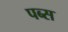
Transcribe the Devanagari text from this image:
पब्स